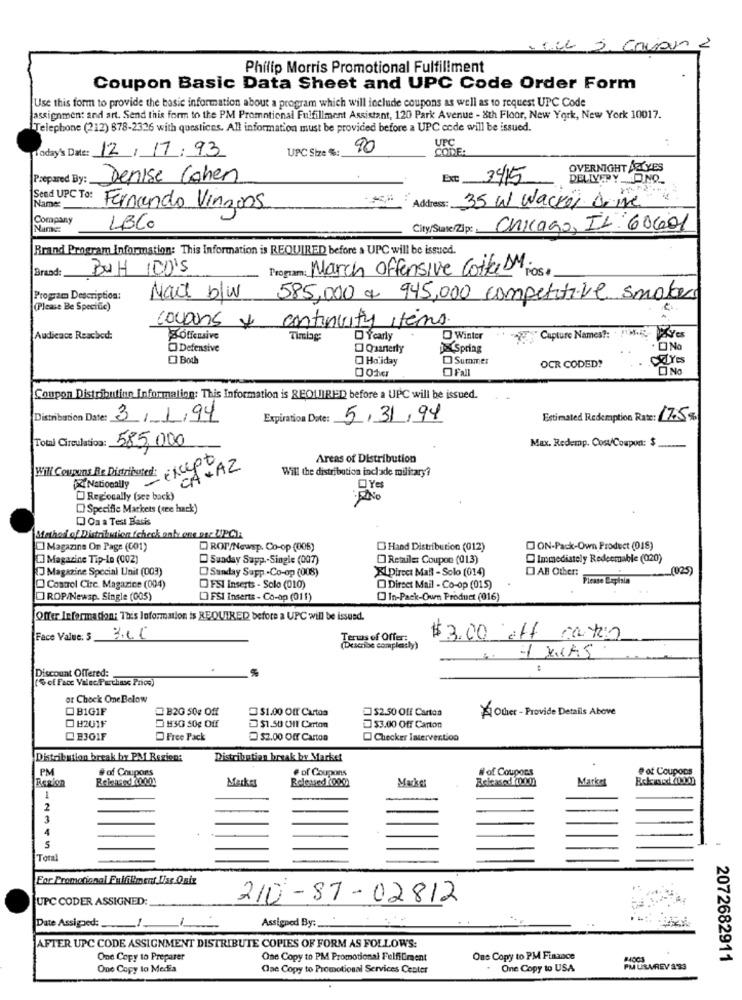
CLL 2. Coupun 2
Philip Morris Promotional Fulfillment
Coupon Basic Data Sheet and UPC Code Order Form
Use this form to provide the basic information about a program which will include coupons as well as to request UPC Code
assignment and art. Send this form to the PM Promotional Fulfillment Assistant, 120 Park Avenue - 8th Floor, New York, New York 10017.
Telephone (212) 878-2326 with questices. All information must be provided before a UPC code will be issued.
UPC Size %:
90
UPC
COME:
Today's Date: 12/17/ 93
OVERNIGHT ARTYES
Prepared By:
Denise Cohen
Ext 34/15
DELIVERY O.NO
Send UPC To:
Name:
Address: 35 W Wacker Drive
Fernando Vinzons
Company
LBCO
City/State/Zip:
Chicago, IL 60601
Brand Program Information: This Information is REQUIRED before a UPC will be issued.
Draad:
BUSH IDO'S
Program: March Offensive Cotta DM.
POS
Program Description:
Mail blw
585,000 € 945,000 competitive smokers
(Please Be Specific)
continuity items.
coupons x
Audicacc Reached:
Soffensive
Timlag:
DYcarly
Winter
" Capture Names !:
Defensive
Quarterly
Spring
.O No
Both
Holiday
Summer
OCR CODED?
caYes
CI No
Conpon Distributing Information: This Information is REQUIRED before a UPC will be issued.
Distribution Date: 3/1/94
Expiration Date: 5/31/94
Estimated Redemption Rate: 17.5%
Total Circulation:
585,000
Max. Redemp. Cost/Coupon: $
Areas of Distribution
Will Coupons Be Distributed: xcept
CA. AZ
Will the distribution incl ade military?
Nationally
Yes
Regoually (see back)
Specifie Markets (ere hack:)
Oa a Test Basis
Stathos of Distribution (check only one pac UPC1;
Magazine On Page (001)
DROT/Newsp. Co-op (006)
DHand Distribution (012)
ON-Pack-Own Product (018)
Magazine Tip-In (002)
Sunday Sapp .- Single (007)
O Retailer Coupon (013)
Immediately Redeemable (020)
Magazine Special Unit (003)
Sunday Sapp-Co-op (008)
XLDirect Mail - Solo (014)
DAB Other:
(02)
Please Lapisla
Control Circ. Magazice (004)
OFSI Inserts - Solo (010)
Direct Mail - Co-op (015)
DROP/Newsp. Single (005)
[] FSI Inserts - Co-op (011)
In-Pack-Oun Product (016)
Offer Information: This Information is REQUIRED before a UPC will be issued.
Face Value: $_
Terms of Offer:
$3.00 off raten
(Describe complechy)
1 KLAS
Discount Offered:
(%of Facc Valec Purchase Price)
or Chock One Below
B1G1F
B20 50₽ Off
$1.00 Off Cartos
$2.50 Off Carton
Other - Provide Details Above
O #201F
H30 50g Off
$1.50 Of1 Carton
$3.00 Off Carton
E301F
Free Pack
$2.00 Off Carton
Checker Intervention
Distribution break by PM Rezien:
Distribution break by Market
PM
# af Coupons
# of Coupons
# of Coupons
# of Coupons
Region
Markus
Released (000
Market
Rekersed 2000
Mærker
1
2
3
4
5
Toral
For Promotional Fulfilment Iiss Qnix
UPC CODER ASSIGNED:
210-87-02812
Date Assigned:
1
Assigned By:
AFTER UPC CODE ASSIGNMENT DISTRIBUTE COPIES OF FORM AS FOLLOWS:
One Copy to Preparer
One Copy to PM Promotional Felfiliment
Ons Copy to PM Finance
2072682911
One Copy to Media
One Copy to Promotional Services Center
. One Copy to USA
PUUSAREV 8'93